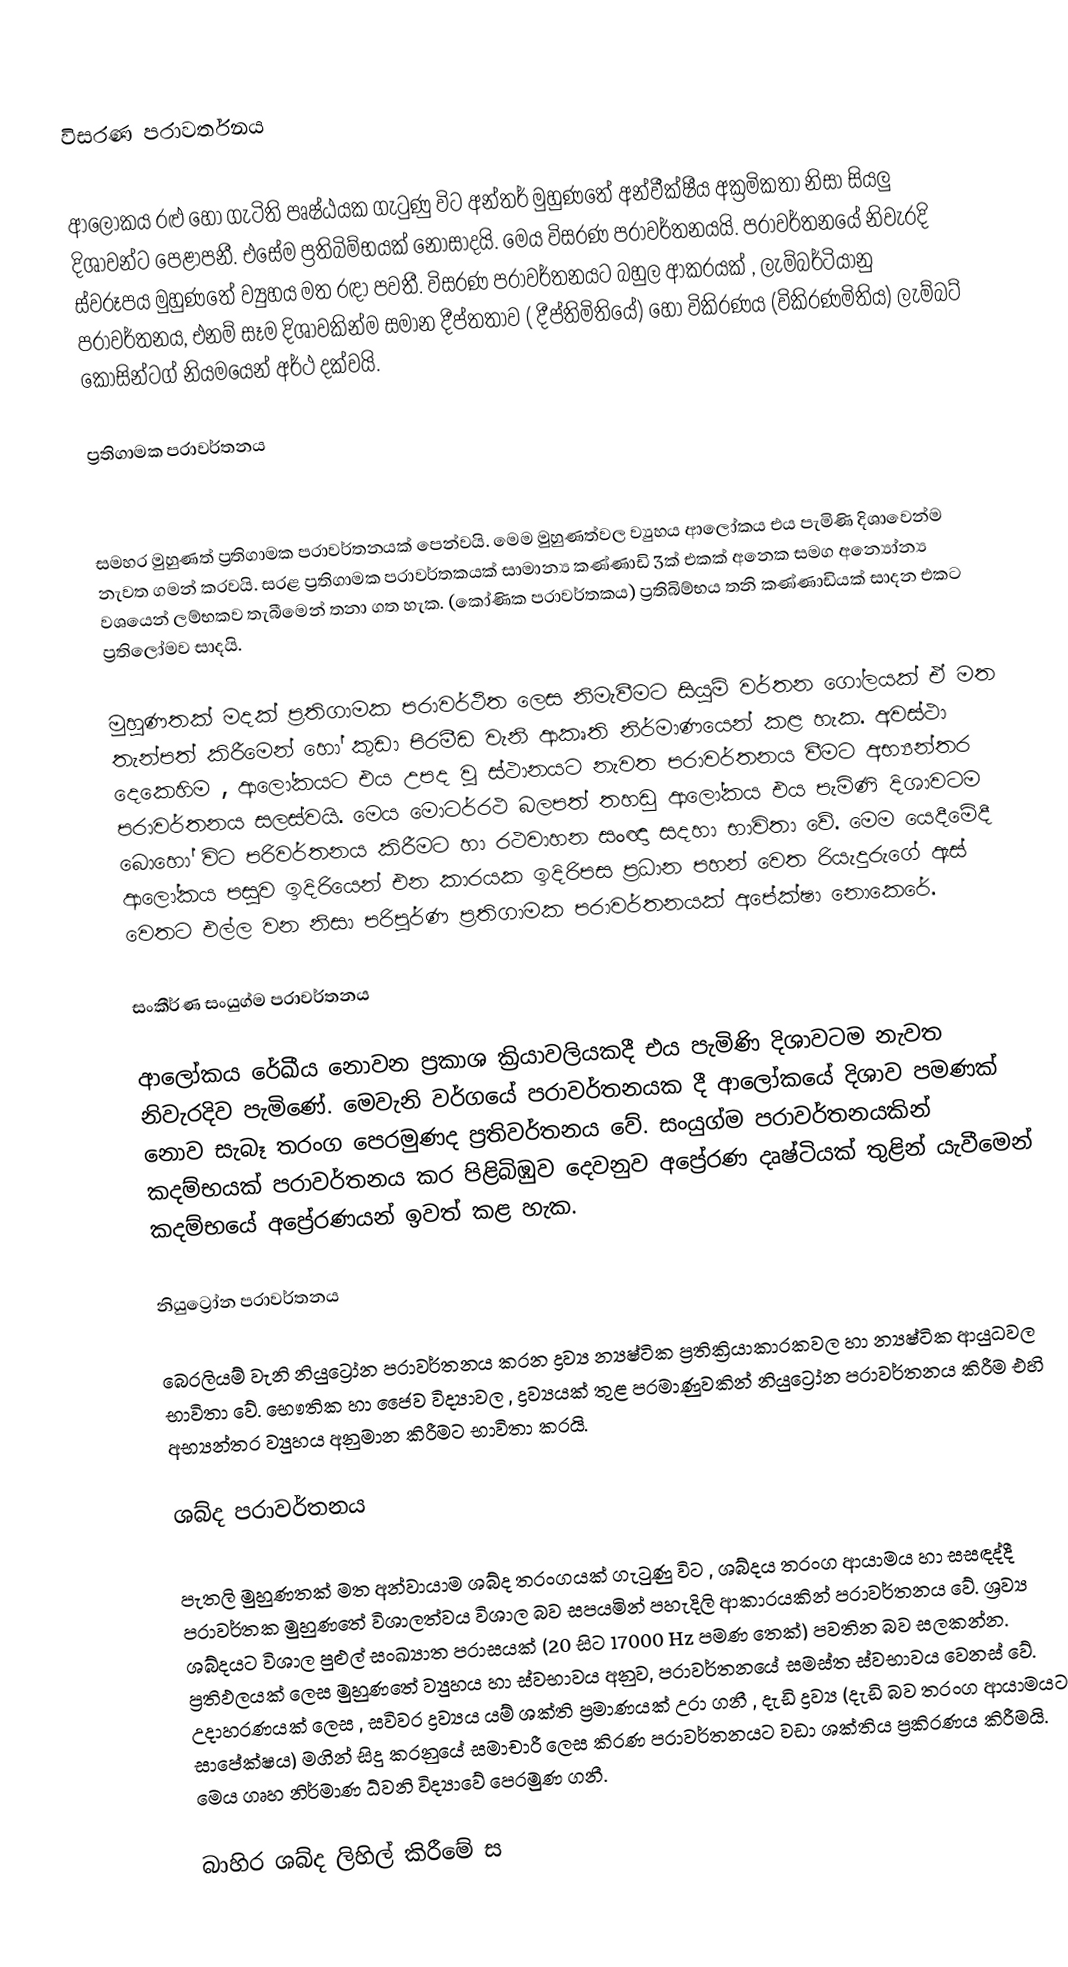

විසරණ පරාවර්තනය

ආලෝකය රළු හෝ ගැටිති පෘෂ්ඨයක ගැටුණු විට අන්තර් මුහුණතේ අන්වීක්ෂීය අක්‍රමිකතා නිසා සියලු දිශාවන්ට පෙළාපනී. එසේම ප්‍රතිබිම්භයක් නොසාදයි. මෙය විසරණ පරාවර්තනයයි. පරාවර්තනයේ නිවැරදි ස්වරූපය මුහුණතේ ව්‍යුහය මත රඳා පවතී. විසරණ පරාවර්තනයට බහුල ආකරයක් , ලැම්බර්ටියානු පරාවර්තනය, එනම් සෑම දිශාවකින්ම සමාන දීප්තතාව ( දීප්තිමිතියේ) හෝ විකිරණය (විකිරණමිතිය) ලැම්බට් කොසින්ටග් නියමයෙන් අර්ථ දක්වයි.

ප්‍රතිගාමක පරාවර්තනය

සමහර මුහුණත් ප්‍රතිගාමක පරාවර්තනයක් පෙන්වයි. මෙම මුහුණත්වල ව්‍යුහය ආලෝකය එය පැමිණි දිශාවෙන්ම නැවත ගමන් කරවයි. සරළ ප්‍රතිගාමක පරාවර්තකයක් සාමාන්‍ය කණ්ණාඩි 3ක් එකක් අනෙක සමග අන්‍යෝන්‍ය වශයෙන් ලම්භකව තැබීමෙන් තනා ගත හැක. (කෝණික පරාවර්තකය) ප්‍රතිබිම්භය තනි කණ්ණාඩියක් සාදන එකට ප්‍රතිලෝමව සාදයි.

මුහුණතක් මදක් ප්‍රතිගාමක පරාවර්ථිත ලෙස නිමැවීමට සියුම් වර්තන ගෝලයක් ඒ මත තැන්පත් කිරීමෙන් හෝ කුඩා පිරමීඩ වැනි ආකෘති නිර්මාණයෙන් කළ හැක. අවස්ථා දෙකෙහිම , ආලෝකයට එය උපද වූ ස්ථානයට නැවත පරාවර්තනය වීමට අභ්‍යන්තර පරාවර්තනය සලස්වයි. මෙය මොටර්රථ බලපත් තහඩු ආලෝකය එය පැමිණි දිශාවටම බොහෝ විට පරිවර්තනය කිරීමට හා රථවාහන සංඥා සදහා භාවිතා වේ. මෙම යෙදීමේදී ආලෝකය පසුව ඉදිරියෙන් එන කාරයක ඉදිරිපස ප්‍රධාන පහන් වෙත රියැදුරුගේ ඇස් වෙතට එල්ල වන නිසා පරිපූර්ණ ප්‍රතිගාමක පරාවර්තනයක් අපේක්ෂා නොකෙරේ.

සංකීර්ණ සංයුග්ම පරාවර්තනය

ආලෝකය රේඛීය නොවන ප්‍රකාශ ක්‍රියාවලියකදී  එය පැමිණි දිශාවටම නැවත නිවැරදිව පැමිණේ. මෙවැනි වර්ගයේ පර‍ාවර්තන‍යක දී ආලෝකයේ දිශාව පමණක් නොව සැබෑ තරංග පෙරමු‍ණද ප්‍රතිවර්තනය වේ. සංයුග්ම පරාවර්තනයකින් කදම්භයක් පරාවර්තනය කර පිළිබිඹුව දෙවනුව අප්‍රේරණ දෘෂ්ටියක් තුළින් යැවීමෙන් කදම්භයේ අප්‍රේරණයන් ඉවත් කළ හැක.

නියුට්‍රෝන පරාවර්තනය

බෙරලියම් වැනි නියුට්‍රෝන පරාවර්තනය කරන ද්‍රව්‍ය න්‍යෂ්ටික ප්‍රතික්‍රියාකාරකවල  හා න්‍යෂ්ටික ආයුධවල භාවිතා වේ. භෞතික හා ජෛව විද්‍යාවල , ද්‍රව්‍යයක් තුළ පරමාණුවකින් නියුට්‍රෝන පරාවර්තනය කිරීම එහි අභ්‍යන්තර ව්‍යුහය අනුමාන කිරීමට භාවිතා කරයි.

ශබ්ද පරාවර්තනය

පැතලි මුහුණතක් මත අන්වායාම ශබ්ද තරංගයක් ගැටුණු විට , ශබ්දය තරංග ආයාමය හා සසඳද්දී පරාවර්තක මුහුණතේ විශාලත්වය විශාල බව සපයමින් පහැදිලි ආකාරයකින් පරාවර්තනය වේ. ශ්‍රව්‍ය  ශබ්දයට විශාල පුළුල් සංඛ්‍යාත පරාසයක් (20 සිට 17000 Hz පමණ තෙක්) පවතින බව සලකන්න. ප්‍රතිඵලයක් ලෙස මුහුණතේ ව්‍යුහය හා ස්වභාවය අනුව, පරාවර්තනයේ සමස්ත ස්වභාවය වෙනස් වේ. උදාහරණයක් ලෙස , සවිවර ද්‍රව්‍යය යම් ශක්ති ප්‍රමාණයක් උරා ගනී , දැඩි ද්‍රව්‍ය (දැඩි බව තරංග ආයාමයට සාපේක්ෂය) මගින් සිදු කරනුයේ සමාචාරී ලෙස කිරණ පරාවර්තනයට වඩා ශක්තිය ප්‍රකිරණය කිරීමයි. මෙය ගෘහ නිර්මාණ ධ්වනි විද්‍යාවේ පෙරමු‍ණ ගනී.

බාහිර ශබ්ද ලිහිල් කිරීමේ ස